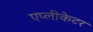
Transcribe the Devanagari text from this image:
एप्लीकेटर